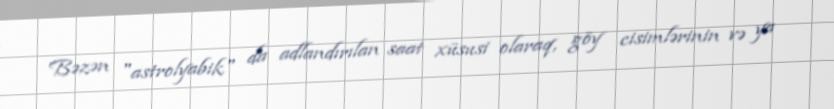
Bəzən "astrolyabik" da adlandırılan saat xüsusi olaraq, göy cisimlərinin və ya